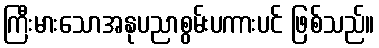
ကြီးမားသောအနုပညာစွမ်းပကားပင် ဖြစ်သည်။